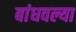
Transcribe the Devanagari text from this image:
बांधवल्या